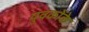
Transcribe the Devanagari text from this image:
युवकोंके